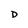
Character: D